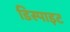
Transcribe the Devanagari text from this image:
डिस्पाइट